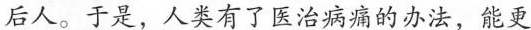
后人。于是，人类有了医治病痛的办法，能更